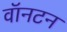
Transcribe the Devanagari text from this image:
वॉनटन